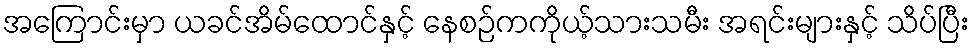
အကြောင်းမှာ ယခင်အိမ်ထောင်နှင့် နေစဉ်ကကိုယ့်သားသမီး အရင်းများနှင့် သိပ်ပြီး